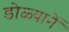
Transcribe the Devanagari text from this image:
डोळ्यानें